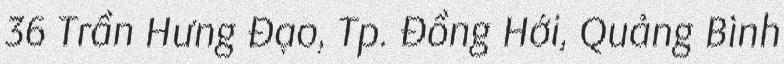
36 Trần Hưng Đạo, Tp. Đồng Hới, Quảng Bình